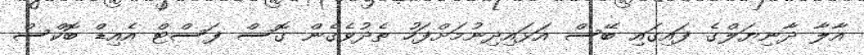
އާލާ ދާނިޔަލްގެ ފައިގައި ބޭސް އަޅައިދިނުމަށްފަހު ތެދުވެގެން ގޮސް ފަސްޓް އެއިޑް ބޮކްސް